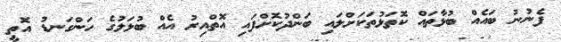
ފެނުނު ބައެއް ބުޅާތައް ކޮތަޅުތަކަށްލައި ބަންދުކޮށްފައި އޮތްއިރު އެއް ބުޅަލުގެ ހަންގަނޑު އޮތީ